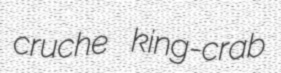
cruche king-crab